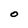
Character: O